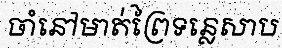
ចាំនៅមាត់ព្រៃទន្លេសាប